Annual report of the Imperial Bacteriological Laboratory, Muktesar
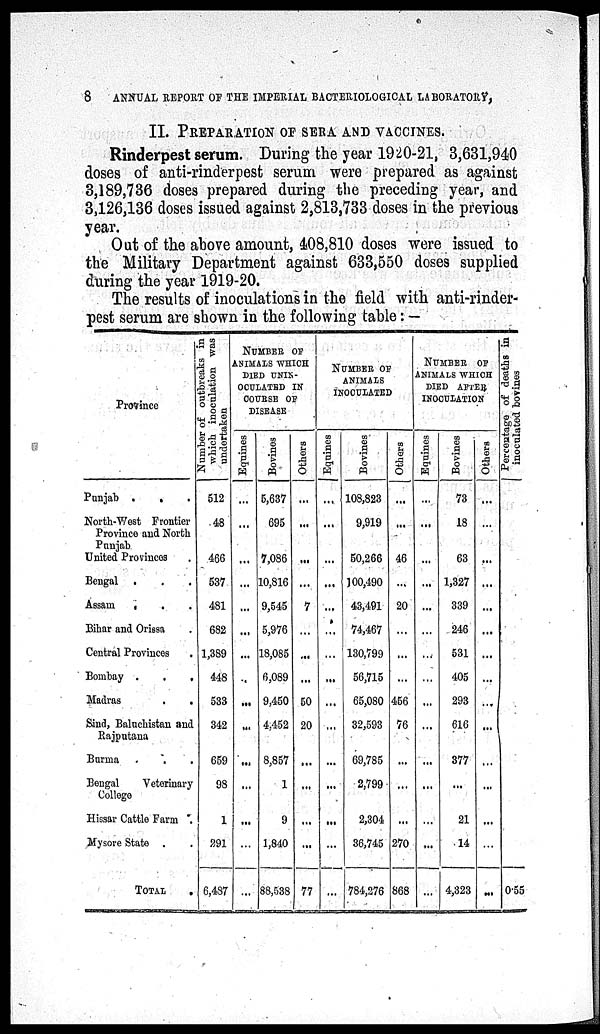
8
ANNUAL REPORT OF THE IMPERIAL BACTERIOLOGICAL LABORATORY,
II. PREPARATION OF SERA AND VACCINES.
Rinderpest serum. During the year 1920-21, 3,631,940
doses of anti-rinderpest serum were prepared as against
3,189,736 doses prepared during the preceding year, and
3,126,136 doses issued against 2,813,733 doses in the previous
year.
Out of the above amount, 408,810 doses were issued to
the Military Department against 633,550 doses supplied
during the year 1919-20.
The results of inoculations in the field with anti-rinder-
pest serum are shown in the following table :—
Province
Punjab . . .
North-West Frontier
Province and North
Punjab
United Provinces .
Bengal .
Assam .
Bihar and Orissa .
Central Provinces .
Bombay .
.
.
Madras
.
.
Sind, Baluchistan and
Rajputana
Burma . . .
Bengal
Veterinary
College
Hissar Cattle Farm .
Mysore State . .
TOTAL .
Nu mb e r of o u t b r e a k s in
which inoculation was
undertaken
512
48
466
537
481
682
1,389
448
533
342
659
98
1
291
6,487
NUMBER OF
ANIMALS WHICH
DIED UNIN¬
OCULATED IN
COURSE OF
DISEASE
Equines
...
...
...
...
...
...
...
...
...
...
...
...
...
...
...
Bovines
5,637
695
7,086
10,816
9,545
5,976
18,085
6,089
9,450
4,452
8,857
1
9
1,840
88,538
Others
...
...
...
...
7
...
...
...
50
20
...
...
...
...
77
NUMBER OF
ANIMALS
INOCULATED
Equines
...
...
...
...
...
...
...
...
...
...
...
...
...
...
...
Bovines
108,823
9,919
50,266
100,490
43,491
74,467
130,799
56,715
65,080
32,593
69,785
2,799
2,304
36,745
784,276
Others
...
...
46
...
20
...
...
...
456
76
...
...
...
270
868
NUMBER OF
ANIMALS WHICH
DIED AFTER
INOCULATION
Equines
...
...
...
...
...
...
...
...
...
...
...
...
...
...
...
Bovines
73
18
63
1,327
339
246
531
405
293
616
377
...
21
14
4,323
Others
...
...
...
...
...
...
...
...
...
...
...
...
...
...
Percentage of deaths in
inoculated bovines
0.55